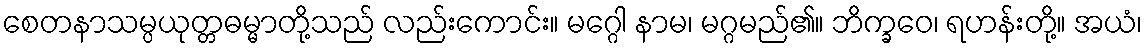
စေတနာသမ္ပယုတ္တဓမ္မာတို့သည် လည်းကောင်း။ မဂ္ဂေါ နာမ၊ မဂ္ဂမည်၏။ ဘိက္ခဝေ၊ ရဟန်းတို့။ အယံ၊